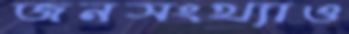
জনসংখ্যাও